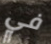
في